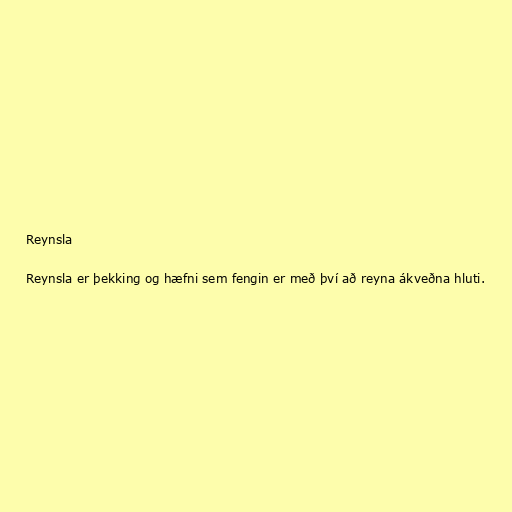
Reynsla

Reynsla er þekking og hæfni sem fengin er með því að reyna ákveðna hluti.